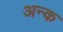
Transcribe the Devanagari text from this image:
अन्क